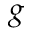
g